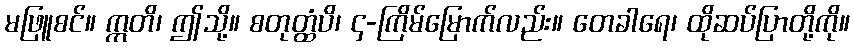
မဖြူစင်။ ဣတိ၊ ဤသို့။ စတုတ္ထံပိ၊ ၄-ကြိမ်မြောက်လည်း။ တေခါရေ၊ ထိုဆပ်ပြာတို့ကို။